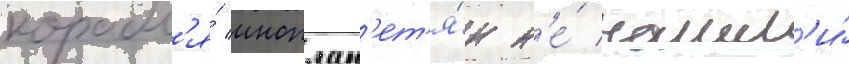
корабл'я́ иноплан'ет'я́н н'е́ нашл'и́